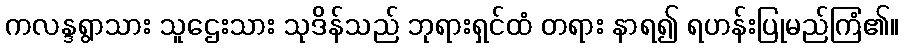
ကလန္ဒရွာသား သူဌေးသား သုဒိန်သည် ဘုရားရှင်ထံ တရား နာရ၍ ရဟန်းပြုမည်ကြံ၏။